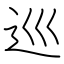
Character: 巡